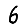
Digit: 6